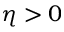
\eta > 0